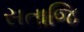
સતાજિ